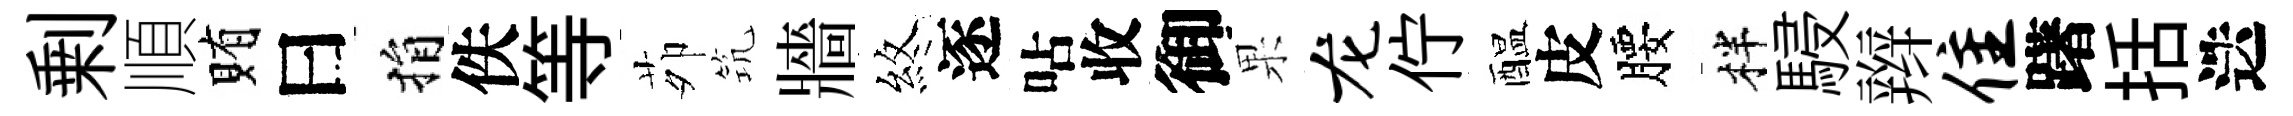
剰順賄曰捐佚等茆𥬑牆煞逐呫收御果龙佇醖皮腰柈駸辫隹躇括迭